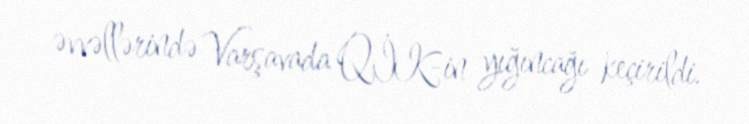
əvvəllərində Varşavada QİK-in yığıncağı keçirildi.